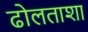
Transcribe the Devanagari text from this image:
ढोलताशा